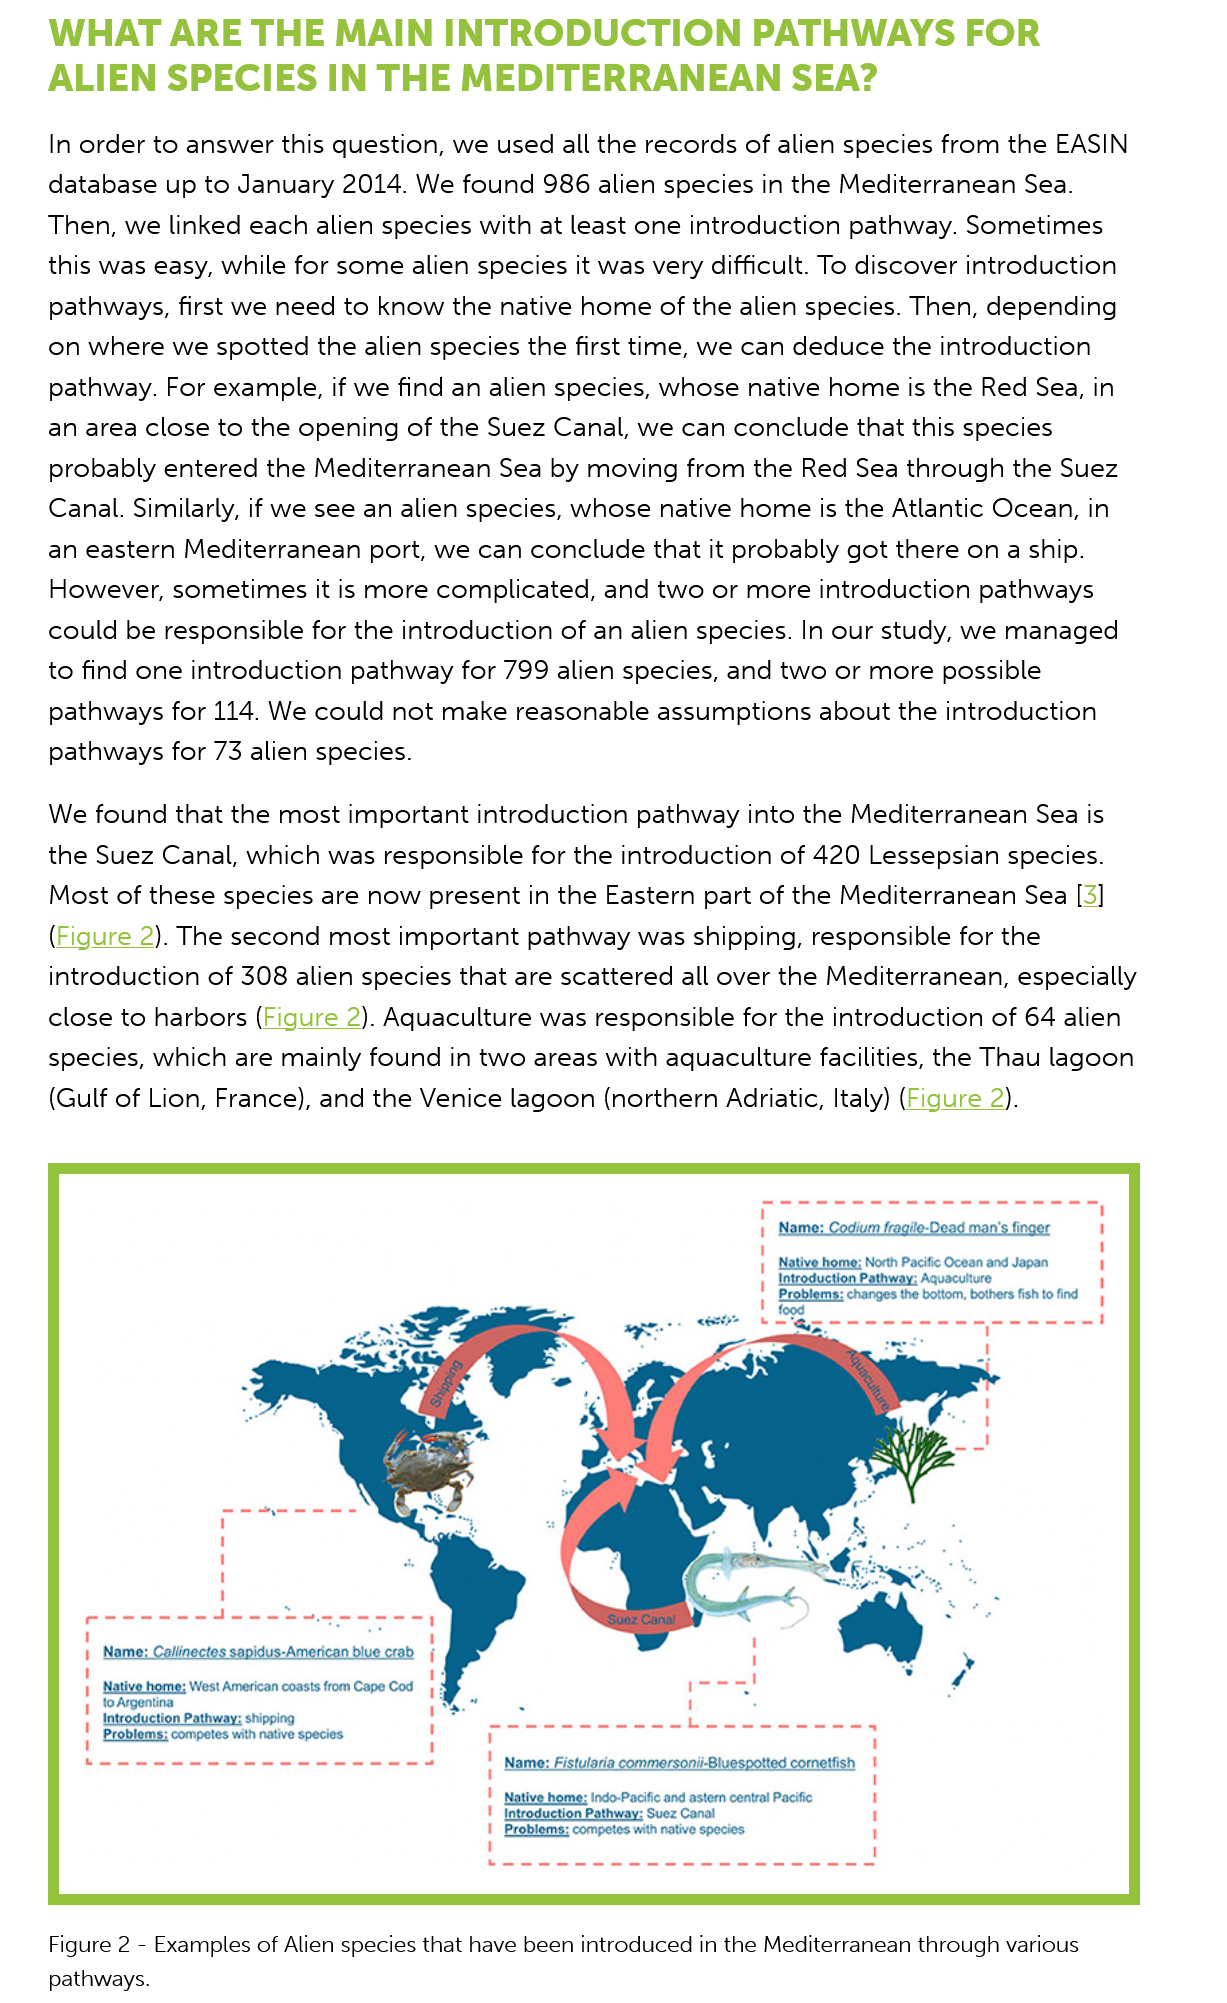
WHAT   ARE   THE   MAIN    INTRODUCTION    PATHWAYS    FOR
    ALIEN    SPECIES    IN  THE   MEDITERRANEAN    SEA?
    In order to answer this question, we used all the records of alien species from the EASIN
    database up to January 2014. We found 986 alien species in the Mediterranean Sea.
    Then, we linked each alien species with at least one introduction pathway. Sometimes
    this was easy, while for some alien species it was very difficult. To discover introduction
    pathways, first we need to know the native home of the alien species. Then, depending
    on where we spotted the alien species the first time, we can deduce the introduction
    pathway. For example, if we find an alien species, whose native home is the Red Sea, in
    an area close to the opening of the Suez Canal, we can conclude that this species
    probably entered the Mediterranean Sea by moving from the Red Sea through the Suez
    Canal. Similarly, if we see an alien species, whose native home is the Atlantic Ocean, in
    an eastern Mediterranean port, we can conclude that it probably got there on
   a
     ship.
    However, sometimes it is more complicated, and two or more introduction pathways
    could be responsible for the introduction of an alien species. In our study, we managed
    to find one introduction pathway for 799 alien species, and two or more possible
    pathways for 114. We could not make reasonable assumptions about the introduction
    pathways for 73 alien species.
    We found that the most important introduction pathway into the Mediterranean Sea is
    the Suez Canal, which was responsible for the introduction of 420 Lessepsian species.
    Most of these species are now present in the Eastern part of the Mediterranean Sea [3]
    (Figure 2). The second most important pathway was shipping, responsible for the
    introduction of 308 alien species that are scattered all over the Mediterranean, especially
    close to harbors (Figure 2). Aquaculture was responsible for the introduction of 64 alien
    species, which are mainly found in two areas with aquaculture facilities, the Thau lagoon
    (Gulf of Lion, France), and the Venice lagoon (northern Adriatic, Italy) (Figure 2).
     Name: Codium fragile man’s finger
     Native home: North Pacific Ocean and Japan
     Introduction Pathway: Aquaculture
     Problems: changes the bottom, bothers fish to find
     food
     @p---------------

     arsine    Seren

     '    1
     1 Name: Callinectes sapidus-American blue crab j
     '    1!
     |
     Native
     home: West American coasts from Cape Cod   ico!
     toArgentina    “    1 ' 1
     |
     Iitreduction Pathway: shipping
     Tica cdasaih eens
     ictal
     seul sSlearareare Sb
     1
     Problems: competes with native species i
     E
     bem
     w www ee enn eee eee    Name: Fistularia commersonii-Bluespotted cometfish
     Native home: Indo-Pacific and astern central Pacific
     Introduction Pathway: Suez Canal
     Problems: competes with native species
    Figure 2
     -
     Examples of Alien species that have been introduced in the Mediterranean through various
    pathways.